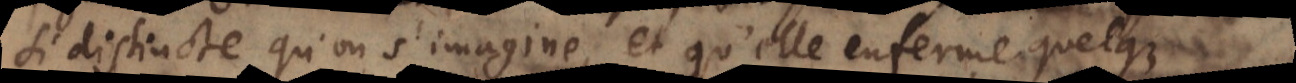
si distincte qu’on s’imagine, et qu’elle enferme quelque